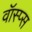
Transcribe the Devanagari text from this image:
वॉस्प्स